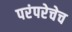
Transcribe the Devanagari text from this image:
परंपरेचेच